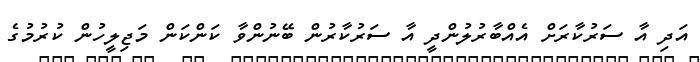
އަދި އާ ސަރުކާރަށް އެއްބާރުލުންދީ އާ ސަރުކާރުން ބޭނުންވާ ކަންކަން މަޖިލީހުން ކުރުމުގެ